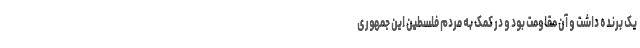
یک برنده داشت و آن مقاومت بود و در کمک به مردم فلسطین این جمهوری